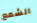
الشمع